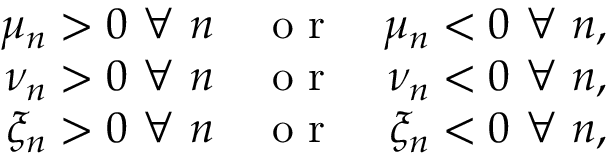
\begin{array} { r l r } { \mu _ { n } > 0 \mathrm { ~ } \forall \mathrm { ~ } n } & { { } \mathrm { ~ o ~ r ~ } } & { \mu _ { n } < 0 \mathrm { ~ } \forall \mathrm { ~ } n , } \\ { \nu _ { n } > 0 \mathrm { ~ } \forall \mathrm { ~ } n } & { { } \mathrm { ~ o ~ r ~ } } & { \nu _ { n } < 0 \mathrm { ~ } \forall \mathrm { ~ } n , } \\ { \xi _ { n } > 0 \mathrm { ~ } \forall \mathrm { ~ } n } & { { } \mathrm { ~ o ~ r ~ } } & { \xi _ { n } < 0 \mathrm { ~ } \forall \mathrm { ~ } n , } \end{array}